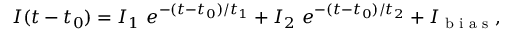
I ( t - t _ { 0 } ) = I _ { 1 } \ e ^ { - ( t - t _ { 0 } ) / t _ { 1 } } + I _ { 2 } \ e ^ { - ( t - t _ { 0 } ) / t _ { 2 } } + I _ { \textrm { b i a s } } ,